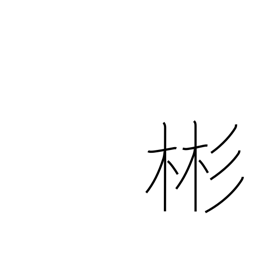
Meaning: refined